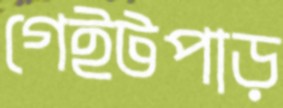
গেইটপাড়